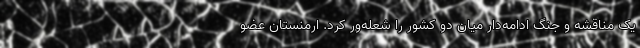
یک مناقشه و جنگ ادامه‌دار میان دو کشور را شعله‌ور کرد. ارمنستان عضو